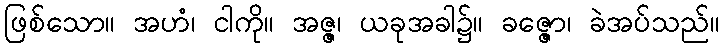
ဖြစ်သော။ အဟံ၊ ငါကို။ အဇ္ဇ၊ ယခုအခါ၌။ ခဇ္ဇော၊ ခဲအပ်သည်။